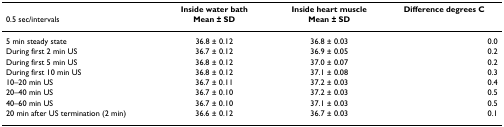
|  | Inside water bath | Inside heart muscle | Difference degrees C |
 | 0.5 sec/intervals | Mean ± SD | Mean ± SD |  |
 | --- | --- | --- | --- |
 | 5 min steady state | 36.8 ± 0.12 | 36.8 ± 0.03 | 0.0 |
 | During first 2 min US | 36.7 ± 0.12 | 36.9 ± 0.05 | 0.2 |
 | During first 5 min US | 36.8 ± 0.12 | 37.0 ± 0.07 | 0.2 |
 | During first 10 min US | 36.8 ± 0.12 | 37.1 ± 0.08 | 0.3 |
 | 10–20 min US | 36.7 ± 0.11 | 37.2 ± 0.03 | 0.4 |
 | 20–40 min US | 36.7 ± 0.10 | 37.2 ± 0.03 | 0.5 |
 | 40–60 min US | 36.7 ± 0.10 | 37.1 ± 0.03 | 0.5 |
 | 20 min after US termination (2 min) | 36.6 ± 0.12 | 36.7 ± 0.03 | 0.1 |